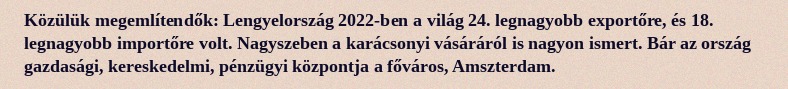
Közülük megemlítendők: Lengyelország 2022-ben a világ 24. legnagyobb exportőre, és 18. legnagyobb importőre volt. Nagyszeben a karácsonyi vásáráról is nagyon ismert. Bár az ország gazdasági, kereskedelmi, pénzügyi központja a főváros, Amszterdam.